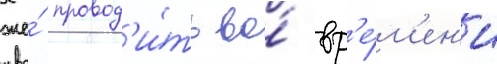
же́ провод'и́ть во́ вр'е́м'ен'и